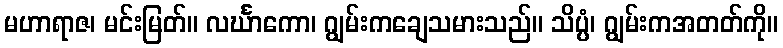
မဟာရာဇ၊ မင်းမြတ်။ လင်္ဃာကော၊ ဂျွမ်းကချေသမားသည်။ သိပ္ပံ၊ ဂျွမ်းကအတတ်ကို။